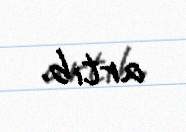
artıb.